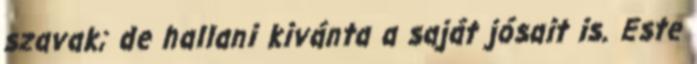
szavak; de hallani kivánta a saját jósait is. Este